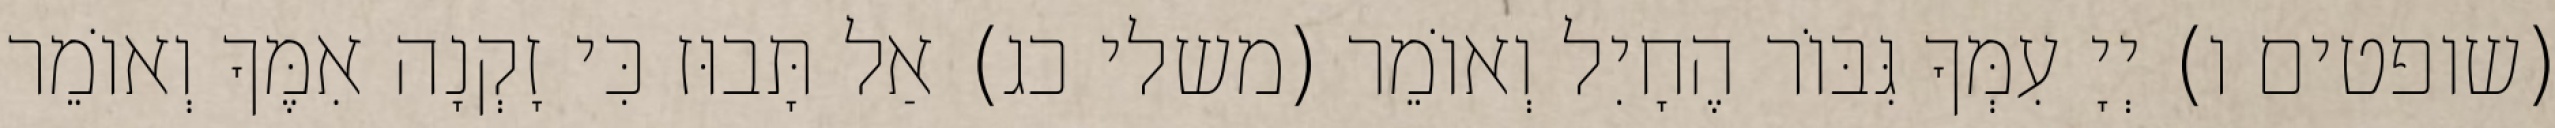
(שופטים ו) יְיָ עִמְּךָ גִּבּוֹר הֶחָיִל וְאוֹמֵר (משלי כג) אַל תָּבוּז כִּי זָקְנָה אִמֶּךָ וְאוֹמֵר